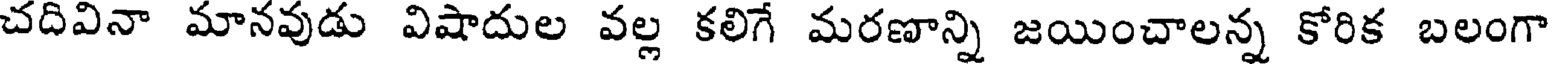
చదివినా మానవుడు విషాదుల వల్ల కలిగే మరణాన్ని జయించాలన్న కోరిక బలంగా